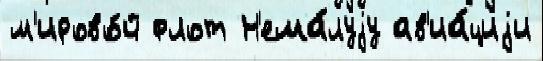
м'ирово́й флот Н'ема́луjу ав'иа́циjи